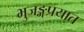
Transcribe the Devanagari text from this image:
भुजङ्गप्रयात